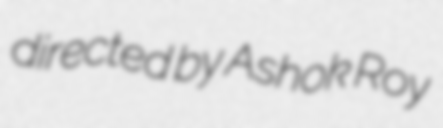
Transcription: directed by Ashok Roy